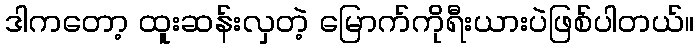
ဒါကတော့ ထူးဆန်းလှတဲ့ မြောက်ကိုရီးယားပဲဖြစ်ပါတယ်။